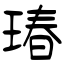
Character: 瑃